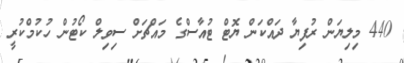
440 މިލިޔަން ރުފިޔާ ދައްކަން ޔޮޓް ޓުއާސްގެ މައްޗަށް ސިވިލް ކޯޓުން ހުކުމްކުރީ